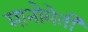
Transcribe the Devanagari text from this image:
मानोमेती